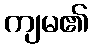
ကျမ၏